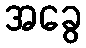
အခွေ